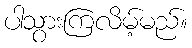
ပါသွားကြလိမ့်မည်။